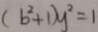
( b ^ { 2 } + 1 ) y ^ { 2 } = 1